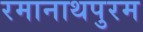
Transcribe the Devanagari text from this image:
रमानाथपुरम